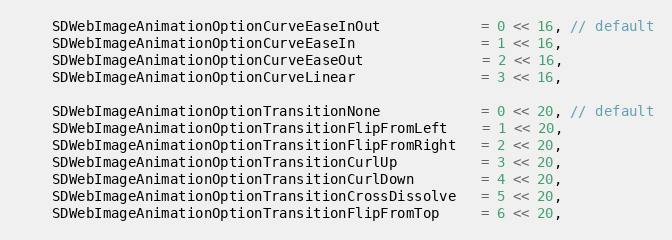
Language: C
    SDWebImageAnimationOptionCurveEaseInOut            = 0 << 16, // default
    SDWebImageAnimationOptionCurveEaseIn               = 1 << 16,
    SDWebImageAnimationOptionCurveEaseOut              = 2 << 16,
    SDWebImageAnimationOptionCurveLinear               = 3 << 16,

    SDWebImageAnimationOptionTransitionNone            = 0 << 20, // default
    SDWebImageAnimationOptionTransitionFlipFromLeft    = 1 << 20,
    SDWebImageAnimationOptionTransitionFlipFromRight   = 2 << 20,
    SDWebImageAnimationOptionTransitionCurlUp          = 3 << 20,
    SDWebImageAnimationOptionTransitionCurlDown        = 4 << 20,
    SDWebImageAnimationOptionTransitionCrossDissolve   = 5 << 20,
    SDWebImageAnimationOptionTransitionFlipFromTop     = 6 << 20,